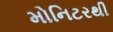
મોનિટરથી